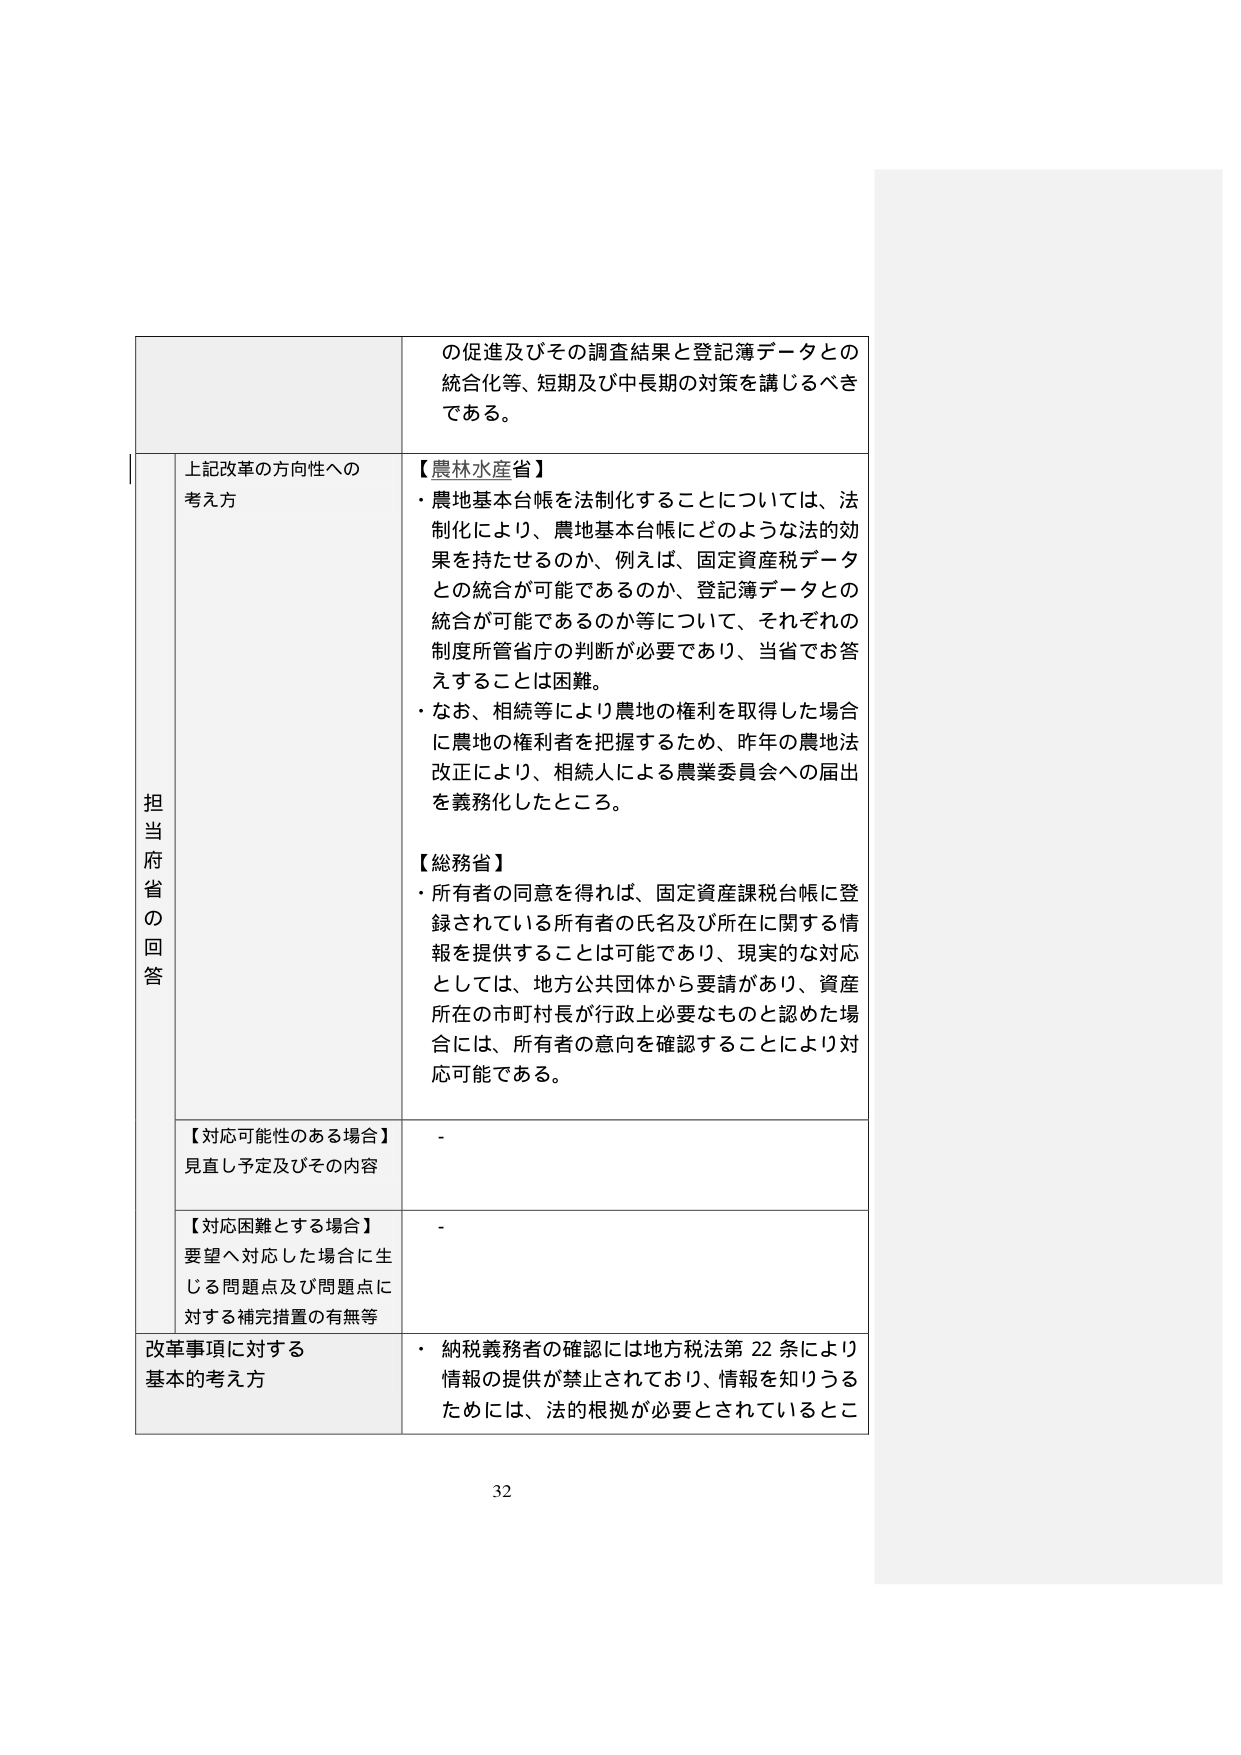
の促進及びその調査結果と登記簿データとの
統合化等、短期及び中長期の対策を講じるべき
である。

担当府省の回答

上記改革の方向性への
考え方

【農林水産省】
・農地基本台帳を法制化することについては、法制化により、農地基本台帳にどのような法的効果を持たせるのか、例えば、固定資産税データとの統合が可能であるのか、登記簿データとの統合が可能であるのか等について、それぞれの制度所管省庁の判断が必要であり、当省でお答えすることは困難。
・なお、相続等により農地の権利を取得した場合に農地の権利者を把握するため、昨年の農地法改正により、相続人による農業委員会への届出を義務化したところ。

【総務省】
・所有者の同意を得れば、固定資産課税台帳に登録されている所有者の氏名及び所在に関する情報を提供することは可能であり、現実的な対応としては、地方公共団体から要請があり、資産所在の市町村長が行政上必要なものと認めた場合には、所有者の意向を確認することにより対応可能である。

【対応可能性のある場合】
見直し予定及びその内容
-

【対応困難とする場合】
要望へ対応した場合に生じる問題点及び問題点に対する補完措置の有無等
-

改革事項に対する
基本的考え方
・納税義務者の確認には地方税法第22条により情報の提供が禁止されており、情報を知りうるためにには、法的根拠が必要とされているとこ

32